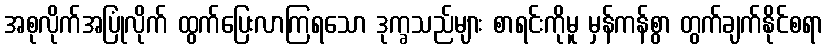
အစုလိုက်အပြုံလိုက် ထွက်ပြေးလာကြရသော ဒုက္ခသည်များ စာရင်းကိုမူ မှန်ကန်စွာ တွက်ချက်နိုင်စရာ